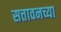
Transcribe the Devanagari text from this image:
सत्तावनच्या